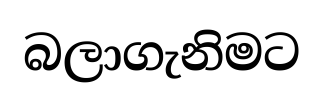
බලාගැනිමට